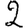
Digit: 2